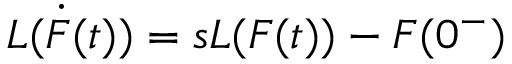
{ \cal L } ( \dot { F } ( t ) ) = s { \cal { L } } ( F ( t ) ) - F ( 0 ^ { - } )